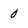
Character: 0